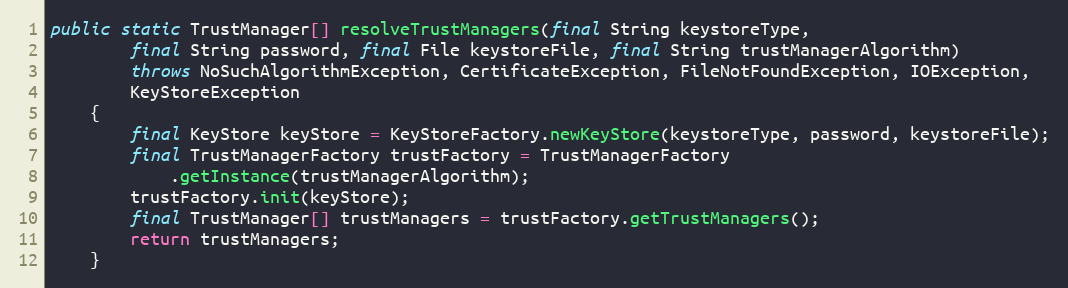
Language: Java
public static TrustManager[] resolveTrustManagers(final String keystoreType,
		final String password, final File keystoreFile, final String trustManagerAlgorithm)
		throws NoSuchAlgorithmException, CertificateException, FileNotFoundException, IOException,
		KeyStoreException
	{
		final KeyStore keyStore = KeyStoreFactory.newKeyStore(keystoreType, password, keystoreFile);
		final TrustManagerFactory trustFactory = TrustManagerFactory
			.getInstance(trustManagerAlgorithm);
		trustFactory.init(keyStore);
		final TrustManager[] trustManagers = trustFactory.getTrustManagers();
		return trustManagers;
	}